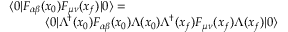
\begin{array} { r } { \langle 0 | F _ { \alpha \beta } ( x _ { 0 } ) F _ { \mu \nu } ( x _ { f } ) | 0 \rangle = \qquad \qquad \qquad \qquad \qquad \qquad } \\ { \langle 0 | \Lambda ^ { \dagger } ( x _ { 0 } ) F _ { \alpha \beta } ( x _ { 0 } ) \Lambda ( x _ { 0 } ) \Lambda ^ { \dagger } ( x _ { f } ) F _ { \mu \nu } ( x _ { f } ) \Lambda ( x _ { f } ) | 0 \rangle } \end{array}